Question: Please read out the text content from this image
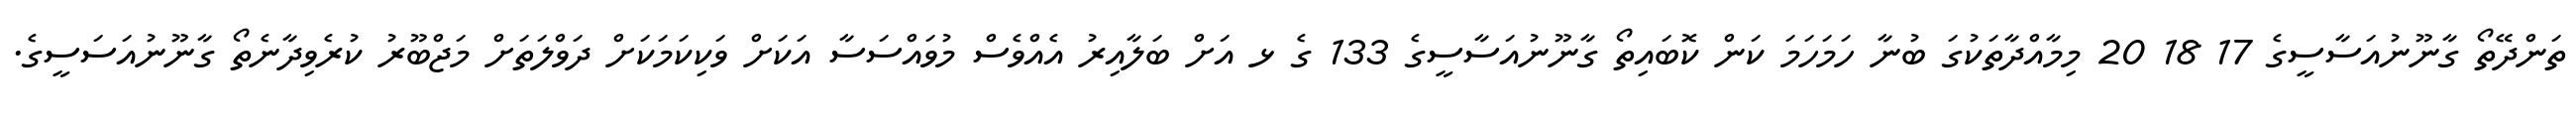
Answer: ތަންދޭތޯ ގާނޫނުއަސާސީގެ 17 18 20 މިމާއްދާތަކުގަ ބުނާ ހަމަހަމަ ކަން ކޮބައިތޯ ގާނޫނުއަސާސީގެ 133 ގެ ޅ އަށް ބަލާއިރު އެއްވެސް މުވައްސަސާ އަކަށް ވަކިކަމަކަށް ދަވްލަތަށް މަޖްބޫރު ކުރެވިދާނެތޯ ގާނޫނުއަސަސީގެ.